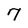
Character: 7